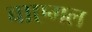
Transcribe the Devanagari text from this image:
वाएगल